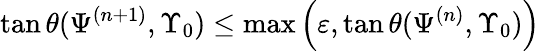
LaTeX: {\tan\theta(\Psi^{(n+1)},\Upsilon_{0})\leq\operatorname*{max}\left(\varepsilon,\tan\theta(\Psi^{(n)},\Upsilon_{0})\right)}